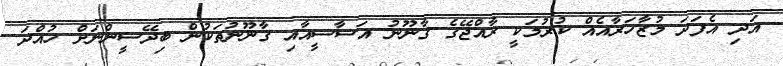
އަދި އެފަދަ މުޒާހަރާއެއް ކުރުމަކީ ރާއްޖޭގެ ޤާނޫނު އަސާސީއާއި ޤާނޫނުތަކުން ބިދޭސީންނަށް ހުއްދަ